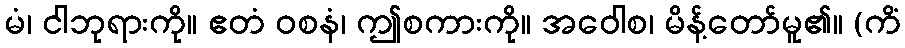
မံ၊ ငါဘုရားကို။ ဧတံ ဝစနံ၊ ဤစကားကို။ အဝေါစ၊ မိန့်တော်မူ၏။ (ကိံ